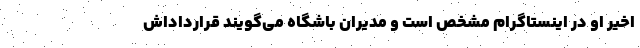
اخیر او در اینستاگرام مشخص است و مدیران باشگاه می‌گویند قرارداداش